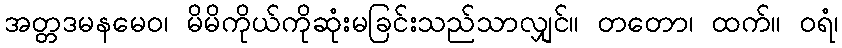
အတ္တဒမနမေဝ၊ မိမိကိုယ်ကိုဆုံးမခြင်းသည်သာလျှင်။ တတော၊ ထက်။ ဝရံ၊